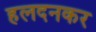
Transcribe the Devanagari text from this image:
हलदनकर